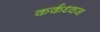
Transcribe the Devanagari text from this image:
कर्कध्वज